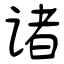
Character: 诸